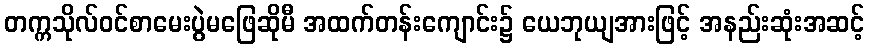
တက္ကသိုလ်ဝင်စာမေးပွဲမဖြေဆိုမီ အထက်တန်းကျောင်း၌ ယေဘုယျအားဖြင့် အနည်းဆုံးအဆင့်